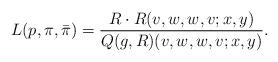
LaTeX: \begin{align*}L(p,\pi,\bar{\pi})=\frac{R\cdot R(v,w,w,v;x,y)}{Q(g,R)(v,w,w,v;x,y)}.\end{align*}